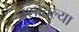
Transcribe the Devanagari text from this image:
घशातल्या